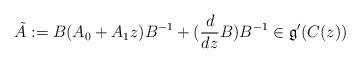
LaTeX: \begin{align*}\tilde{A}:=B (A_0 + A_1 z)B^{-1} + (\frac{d}{dz} B )B^{-1} \in \mathfrak{g}'(C(z))\end{align*}